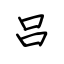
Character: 吕